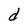
Character: d